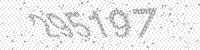
Solution: 295197